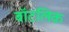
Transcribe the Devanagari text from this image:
बॉटलिक